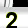
Digit: 2